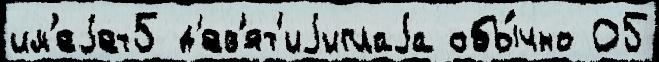
им'еjет5 д'ев'ят'иjиглаjа обы́чно 05